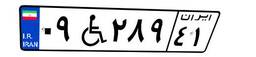
۰۹W۲۸۹۴۱